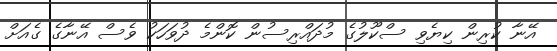
އޭނާ ކުރިން ކިޔެވި ސްކޫލުގެ މުދައްރިސުން ކޮންމެ ދުވަހަކު ވެސް އޭނާގެ ގެއަށް